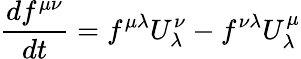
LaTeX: {\frac{df^{\mu\nu}}{dt}}=f^{\mu\lambda}U_{\lambda}^{\nu}-f^{\nu\lambda}U_{\lambda}^{\mu}